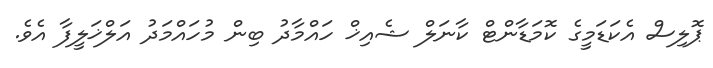
ޕޮލިސް އެކަޑަމީގެ ކޮމަޑާންޓް ކާނަލް ޝެއިޚް ހައްމާދު ބިން މުހައްމަދު އަލްޚަލީފާ އެވެ.